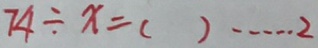
7 4 \div x = ( ) \cdots 2